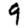
Digit: 9